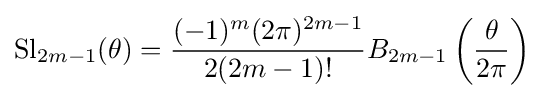
\operatorname {Sl} _{2m-1}(\theta )={\frac {(-1)^{m}(2\pi )^{2m-1}}{2(2m-1)!}}B_{2m-1}\left({\frac {\theta }{2\pi }}\right)